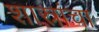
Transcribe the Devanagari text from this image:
शास्रांचा